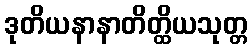
ဒုတိယနာနာတိတ္ထိယသုတ္တ